Lunatic asylums in Bengal annual reports 1899-1911 - 1899-1911
Year: 1899
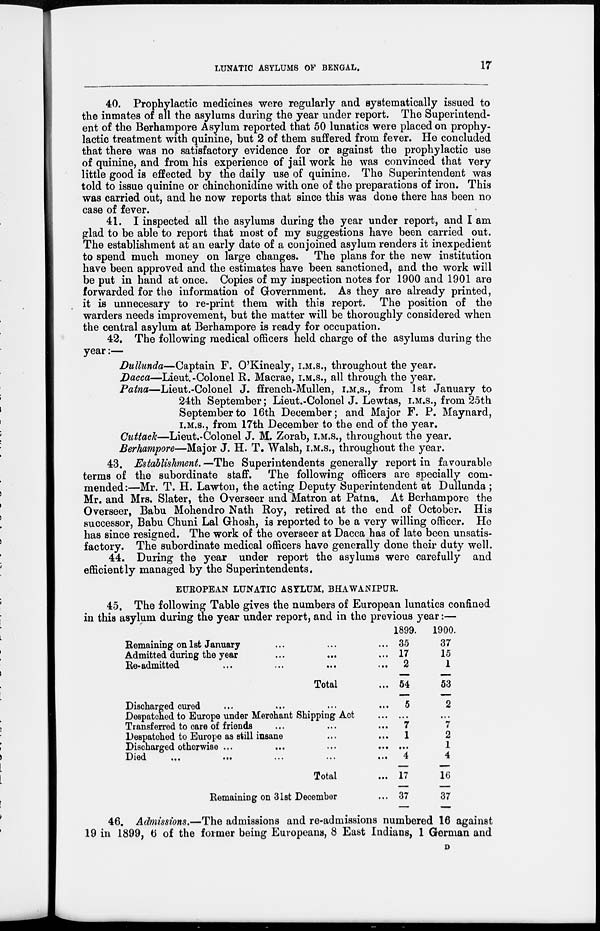
LUNATIC ASYLUMS OF BENGAL.
17
40. Prophylactic medicines were regularly and systematically issued to
the inmates of all the asylums during the year under report. The Superintend-
ent of the Berhampore Asylum reported that 50 lunatics were placed on prophy-
lactic treatment with quinine, but 2 of them suffered from fever. He concluded
that there was no satisfactory evidence for or against the prophylactic use
of quinine, and from his experience of jail work he was convinced that very
little good is effected by the daily use of quinine. The Superintendent was
told to issue quinine or chinchonidine with one of the preparations of iron. This
was carried out, and he now reports that since this was done there has been no
case of fever.
41. I inspected all the asylums during the year under report, and I am
glad to be able to report that most of my suggestions have been carried out.
The establishment at an early date of a conjoined asylum renders it inexpedient
to spend much money on large changes. The plans for the new institution
have been approved and the estimates have been sanctioned, and the work will
be put in hand at once. Copies of my inspection notes for 1900 and 1901 are
forwarded for the information of Government. As they are already printed,
it is unnecesary to re-print them with this report. The position of the
warders needs improvement, but the matter will be thoroughly considered when
the central asylum at Berhampore is ready for occupation.
42. The following medical officers held charge of the asylums during the
year:—
Dullunda—Captain F. O'Kinealy, I.M.S., throughout the year.
Dacca—Lieut.-Colonel R. Macrae, I.M.S., all through the year.
Patna—Lieut.-Colonel J. ffrench-Mullen, I.M.S., from 1st January to
24th September; Lieut.-Colonel J. Lewtas, I.M.S., from 25th
September to 16th December; and Major F. P. Maynard,
I.M.S., from 17th December to the end of the year.
Cuttack—Lieut.-Colonel J. M. Zorab, I.M.S., throughout the year.
Berhampore—Major J. H. T. Walsh, I.M.S., throughout the year.
43. Establishment.—The Superintendents generally report in favourable
terms of the subordinate staff. The following officers are specially com-
mended:—Mr. T. H. Lawton, the acting Deputy Superintendent at Dullunda ;
Mr. and Mrs. Slater, the Overseer and Matron at Patna. At Berhampore the
Overseer, Babu Mohendro Nath Roy, retired at the end of October. His
successor, Babu Chuni Lal Ghosh, is reported to be a very willing officer. He
has since resigned. The work of the overseer at Dacca has of late been unsatis-
factory. The subordinate medical officers have generally done their duty well.
44. During the year under report the asylums were carefully and
efficiently managed by the Superintendents.
EUROPEAN LUNATIC ASYLUM, BHAWANIPUR.
45. The following Table gives the numbers of European lunatics confined
in this asylum during the year under report, and in the previous year:—
Remaining on 1st January ... ... ...
Admitted during the year ... ... ...
Re-admitted ... ... ... ...
Total ...
Discharged cured
...
...
... ...
Despatched to Europe under Merchant Shipping Act ...
Transferred to care of friends ... ... ...
Despatched to Europe as still insane ... ...
Discharged otherwise ...
...
...
...
Died
...
...
...
...
...
Total ...
Remaining on 31st December ...
1899.
35
17
2
54
5
...
7
1
...
4
17
37
1900.
37
15
1
53
2
...
7
2
1
4
16
37
46. Admissions.—The admissions and re-admissions numbered 16 against
19 in 1899, 6 of the former being Europeans, 8 East Indians, 1 German and
D